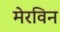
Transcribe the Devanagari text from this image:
मेरविन